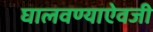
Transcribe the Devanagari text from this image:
घालवण्याऐवजी